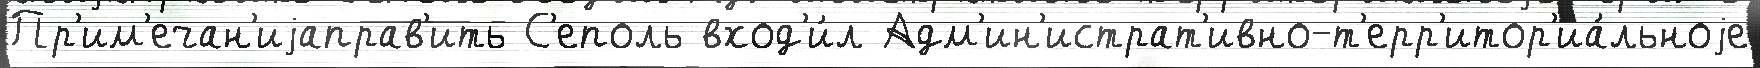
Пр'им'ечан'иjаправ'ить С'еполь вход'и́л Адм'ин'истрат'ивно-т'ерр'итор'иа́льноjе